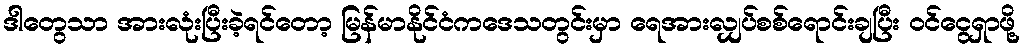
ဒါတွေသာ အားလုံးပြီးခဲ့ရင်တော့ မြန်မာနိုင်ငံကဒေသတွင်းမှာ ရေအားလျှပ်စစ်ရောင်းချပြီး ဝင်ငွေရှာဖို့